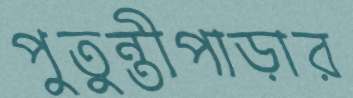
পুতুন্তীপাড়ার